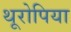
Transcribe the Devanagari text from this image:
थूरोपिया